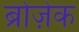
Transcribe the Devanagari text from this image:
ब्रोज़ेक